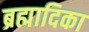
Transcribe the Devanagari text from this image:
ब्रह्मादिका